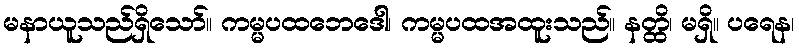
မနာယူသည်ရှိသော်။ ကမ္မပထဘေဒေါ၊ ကမ္မပထအထူးသည်။ နတ္ထိ၊ မရှိ။ ပရေန၊